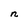
Character: n